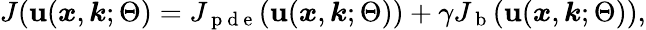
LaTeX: \begin{array}{r}{J(\textbf{u}(\boldsymbol{x},\boldsymbol{k};\Theta)=J_{\mathrm{~p~d~e~}}(\textbf{u}(\boldsymbol{x},\boldsymbol{k};\Theta))+\gamma J_{\mathrm{~b~}}(\textbf{u}(\boldsymbol{x},\boldsymbol{k};\Theta)),}\end{array}